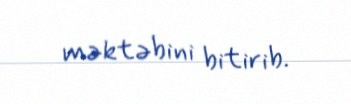
məktəbini bitirib.